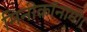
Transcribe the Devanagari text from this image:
मिनीकॉनामी।